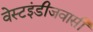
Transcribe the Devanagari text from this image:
वेस्टइंडीजवासी